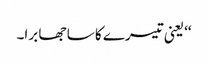
‘‘ یعنی تیسرے کا سا جھا برا۔